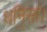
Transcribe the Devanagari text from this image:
धनि॒सां।